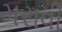
મરાવી